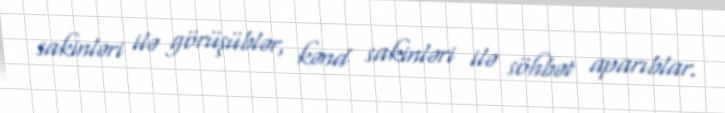
sakinləri ilə görüşüblər, kənd sakinləri ilə söhbət aparıblar.